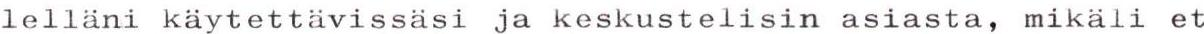
lelläni käytettävissäsi ja keskustelisin asiasta, mikäli et